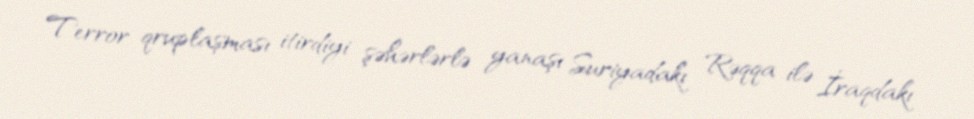
Terror qruplaşması itirdiyi şəhərlərlə yanaşı Suriyadakı Rəqqa ilə İraqdakı